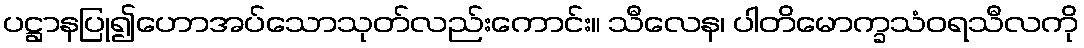
ပဋ္ဌာနပြု၍ဟောအပ်သောသုတ်လည်းကောင်း။ သီလေန၊ ပါတိမောက္ခသံဝရသီလကို